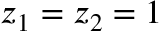
z _ { 1 } = z _ { 2 } = 1